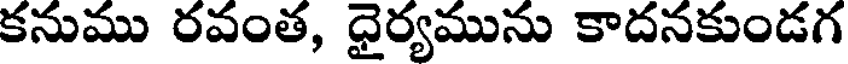
కనుము రవంత, ధైర్యమును కాదనకుండగ